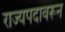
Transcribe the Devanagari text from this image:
राज्यपदावरून